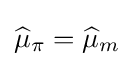
{\widehat {\mu }}_{\pi }={\widehat {\mu }}_{m}